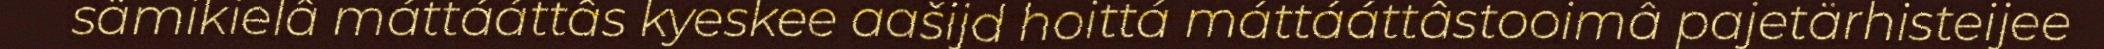
sämikielâ máttááttâs kyeskee aašijd hoittá máttááttâstooimâ pajetärhisteijee